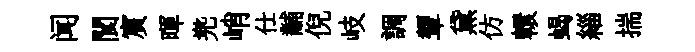
闻閬賔暉兠峭仕黼倪岐調顰黛仿轘蝎緇揣